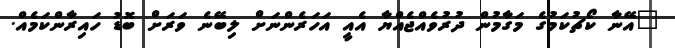
"އޭނާ ކޯޗުކަމުގެ މަގާމުން ދުރުވެއްޖެއްޔާ އެއީ އަހަރެންނަށް ލިބޭނެ ވަރަށް ބޮޑު ހައިރާންކަމެއް.